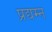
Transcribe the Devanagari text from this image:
प्रद्यम्न